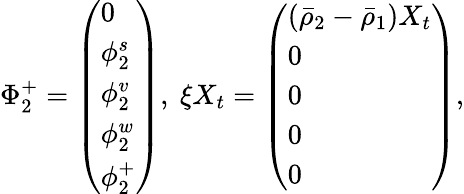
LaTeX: \Phi_{2}^{+}=\left(\begin{array}{l}{0}\\ {\phi_{2}^{s}}\\ {\phi_{2}^{v}}\\ {\phi_{2}^{w}}\\ {\phi_{2}^{+}}\end{array}\right),\ \xi X_{t}=\left(\begin{array}{l}{(\bar{\rho}_{2}-\bar{\rho}_{1})X_{t}}\\ {0}\\ {0}\\ {0}\\ {0}\end{array}\right),